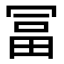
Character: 冨